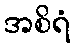
အစိရံ